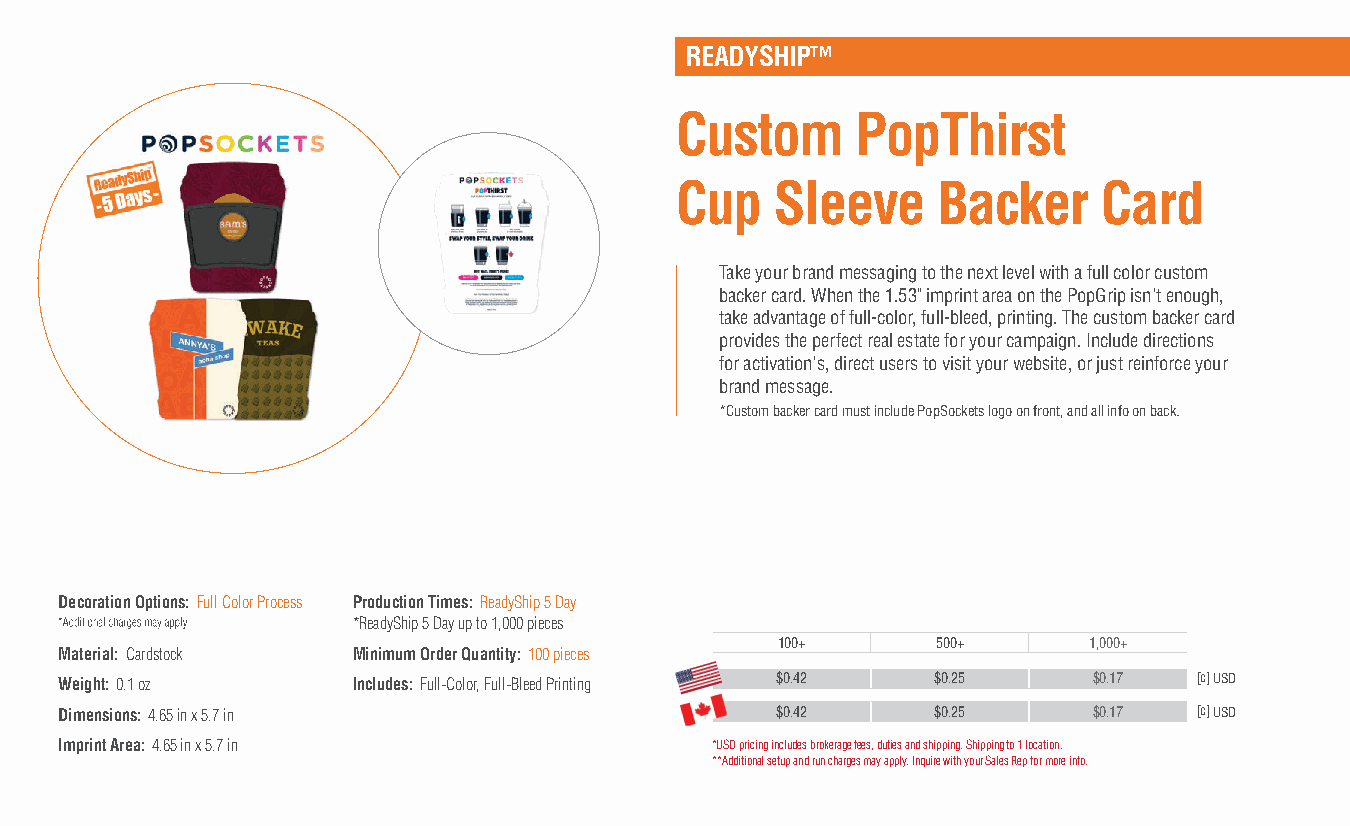
READYSHIP™
 Custom      PopThirst
 Cup   Sleeve     Backer     Card
 Take your brand messaging to the next level with a full color custom
 backer card. When the 1.53" imprint area on the PopGrip isn't enough,
 take advantage of full-color, full-bleed, printing. The custom backer card
 provides the perfect real estate for your campaign. Include directions
 for activation's, direct users to visit your website, or just reinforce your
 brand message.
 *Custom backer card must include PopSockets logo on front, and all info on back.
 Decoration Options: Full Color Process Production Times: ReadyShip 5 Day
 *ReadyShip 5 Day up to 1,000 pieces
 100+      500+      1,000+
 Material: Cardstock Minimum Order Quantity: 100 pieces
 Weight: 0.1 oz     Includes: Full-Color, Full-Bleed Printing $0.42 $0.25 $0.17 [c] USD
 Dimensions: 4.65 in x 5.7 in                   $0.42      $0.25     $0.17  [c] USD
 Imprint Area: 4.65 in x 5.7 in             *USD pricing includes brokerage fees, duties and shipping. Shipping to 1 location.
 **Additional setup and run charges may apply. Inquire with your Sales Rep for more info.